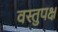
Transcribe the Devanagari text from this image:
वस्तुपक्ष